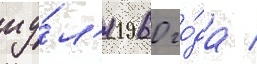
иу́л'я 1960 го́да /